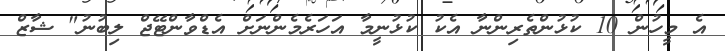
އެ މީހުން 10 ކުޅުންތެރިންނާ އެކު ކުޅުނީމާ އަހަރެމެންނަށް އެޑްވާންޓޭޖް ލިބުނު" ޝާޒް